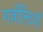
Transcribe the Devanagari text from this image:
गर्वोक्तियाँ